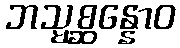
ဘသ္မစ္ဆန္နောဝ